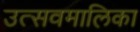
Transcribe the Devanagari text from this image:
उत्सवमालिका